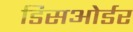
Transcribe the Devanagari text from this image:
डिसओर्डर